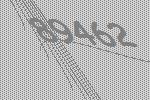
89462